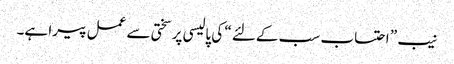
نیب ” احتساب سب کےلئے “ کی پالیسی پر سختی سے عمل پیرا ہے۔